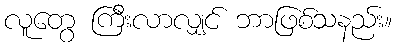
လူတွေ ကြီးလာလျှင် ဘာဖြစ်သနည်း။